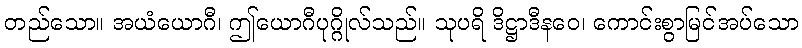
တည်သော။ အယံယောဂီ၊ ဤယောဂီပုဂ္ဂိုလ်သည်။ သုပရိ ဒိဋ္ဌာဒီနဝေ၊ ကောင်းစွာမြင်အပ်သော